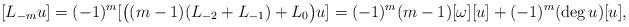
LaTeX: \begin{align*} [L_{-m}u]= (-1)^m[\big((m-1)(L_{-2}+L_{-1})+L_0\big)u] = (-1)^m(m-1)[\omega][u]+(-1)^m (\deg u)[u],\end{align*}